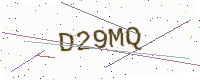
Text: D29MQ